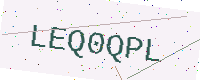
Text: LEQ0QPL